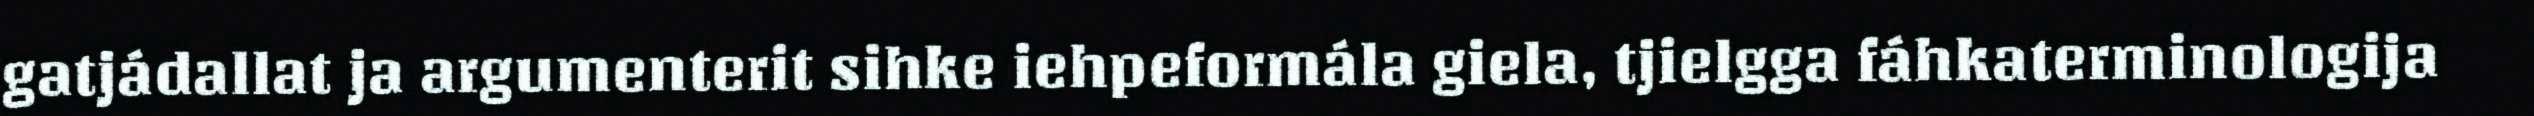
gatjádallat ja argumenterit sihke iehpeformála giela, tjielgga fáhkaterminologija